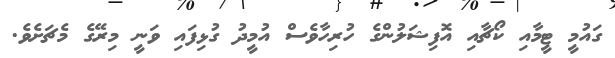
ގައުމީ ޓީމާއި ކޯޗާއި އޮފިޝަލުންގެ ހުރިހާވެސް އުމީދު ގުޅިފައި ވަނީ މިރޭގެ މެޗަށެވެ.